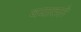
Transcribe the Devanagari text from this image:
वयातले